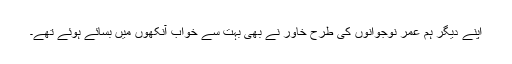
اپنے دیگر ہم عمر نوجوانوں کی طرح خاور نے بھی بہت سے خواب آنکھوں میں بسائے ہوئے تھے۔